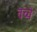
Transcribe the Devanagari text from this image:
वच्चे